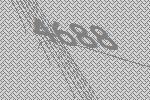
4688